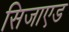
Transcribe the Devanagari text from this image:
सिजाएड